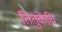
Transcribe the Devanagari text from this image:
तितुकेचि